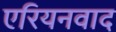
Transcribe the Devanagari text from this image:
एरियनवाद